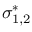
\sigma _ { 1 , 2 } ^ { * }